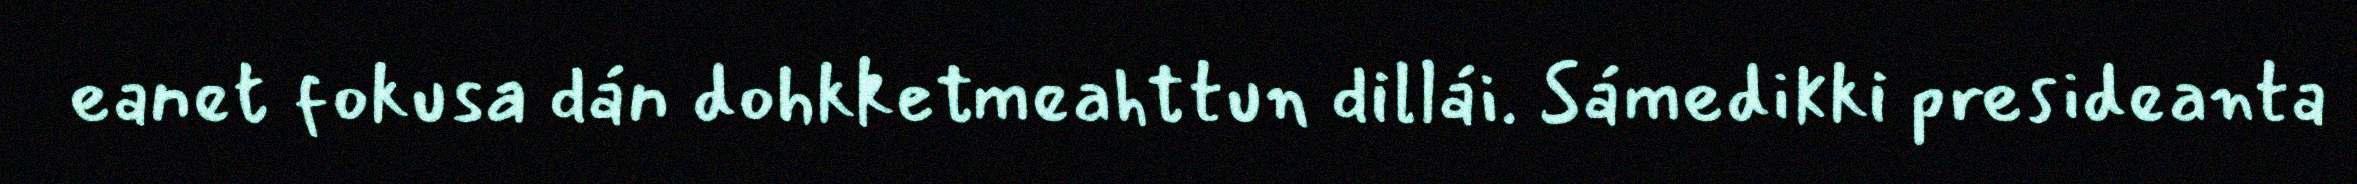
eanet fokusa dán dohkketmeahttun dillái. Sámedikki presideanta